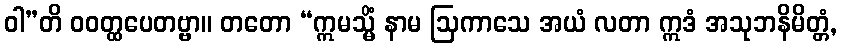
ဝါ”တိ ဝဝတ္ထပေတဗ္ဗာ။ တတော “ဣမသ္မိံ နာမ ဩကာသေ အယံ လတာ ဣဒံ အသုဘနိမိတ္တံ,